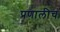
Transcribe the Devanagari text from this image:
प्रणालीचं